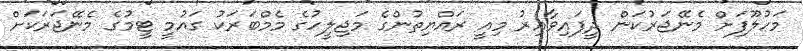
މަހުލޫފަށް މެނޭޖަރުކަން ދީފައިވާއިރު މިއީ ރައްޔިތުންގެ މަޖިލީހުގެ މެމްބަރަކު ގައުމީ ޓީމުގެ މެނޭޖަރަކަށް